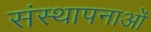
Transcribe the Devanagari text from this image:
संस्‍थापनाओं